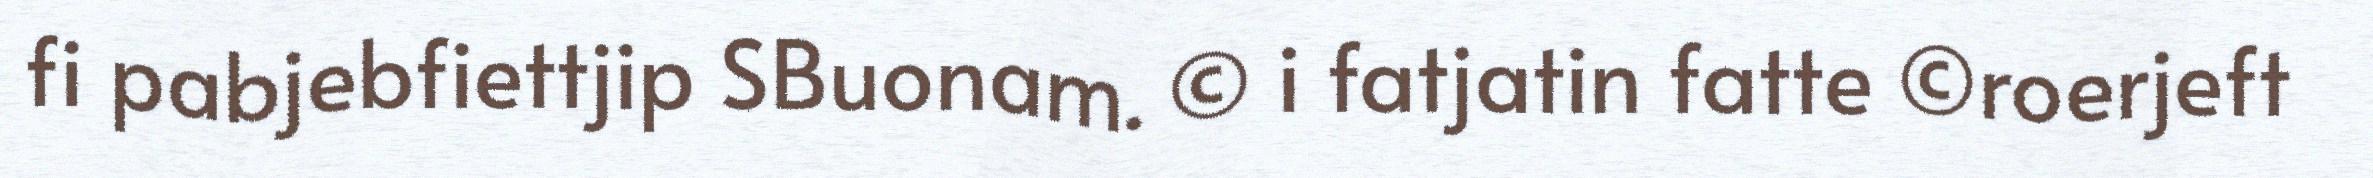
fi pabjebfiettjip SBuonam. © i fatjatin fatte ©roerjeft